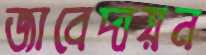
জাবেদায়ন